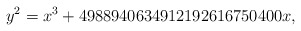
\begin{align*}y^2=x^3+4988940634912192616750400x,\end{align*}